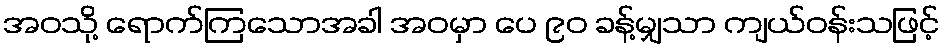
အဝသို့ ရောက်ကြသောအခါ အဝမှာ ပေ ၉၀ ခန့်မျှသာ ကျယ်ဝန်းသဖြင့်